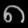
Digit: ၈